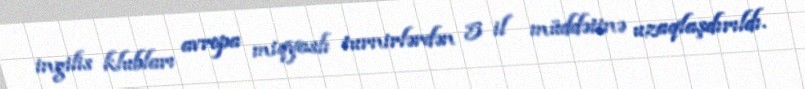
ingilis klubları avropa miqyaslı turnirlərdən 5 il müddətinə uzaqlaşdırıldı.